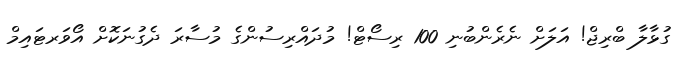
ގުޅާލާ ބްރިޖް! އަލަށް ނެރެންބުނި 100 ރިސޯޓް! މުދައްރިސުންގެ މުސާރަ ދެގުނަކޮށް އޯވަރޓައިމް